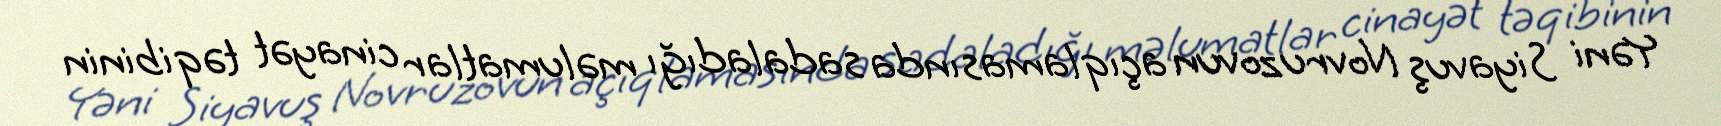
Yəni Siyavuş Novruzovun açıqlamasında sadaladığı məlumatlar cinayət təqibinin